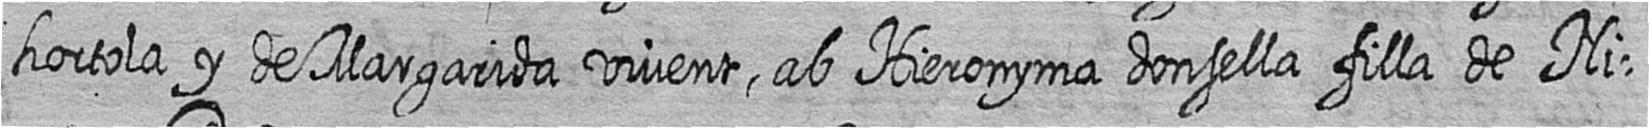
hortola y de Margarida vivent ab Hieronyma donsella filla de Ni=